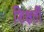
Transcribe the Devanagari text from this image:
शिक्षर्ती